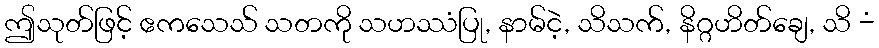
ဤသုတ်ဖြင့် ဧကသေသ် သတကို သဟဿံပြု, နာမ်ငဲ့, သိသက်, နိဂ္ဂဟိတ်ချေ, သိ -ံ